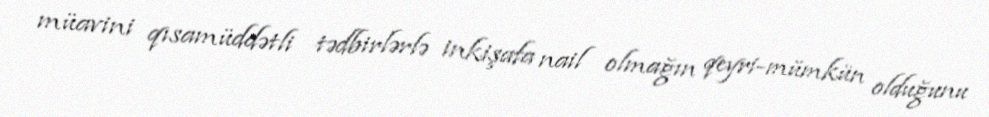
müavini qısamüddətli tədbirlərlə inkişafa nail olmağın qeyri-mümkün olduğunu